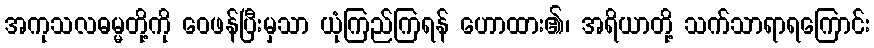
အကုသလဓမ္မတို့ကို ဝေဖန်ပြီးမှသာ ယုံကြည်ကြရန် ဟောထား၏၊ အရိယာတို့ သက်သာရာရကြောင်း